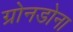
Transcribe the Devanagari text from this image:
ग्रोनडोना